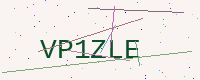
Text: VP1ZLE